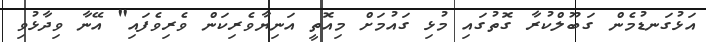
އަޅުގަނޑުމެން ގަބޫލްކުރާ ގޮތުގައި މުޅި ގައުމަށް މިއޮތީ އަނިޔާވެރިކަން ވެރިވެފައި" އޭނާ ވިދާޅުވި